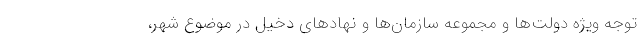
توجه ویژه دولت‌ها و مجموعه سازمان‌ها و نهادهای دخیل در موضوع شهر،